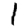
Digit: 1